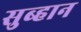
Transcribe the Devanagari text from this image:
सुब्हान